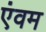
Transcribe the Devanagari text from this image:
एंवम